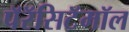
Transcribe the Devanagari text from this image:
पॅरॅसिटॅमॉल